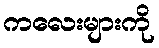
ကလေးများကို